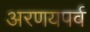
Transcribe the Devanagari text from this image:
अरणयपर्व